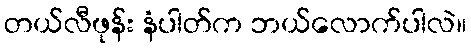
တယ်လီဖုန်း နံပါတ်က ဘယ်လောက်ပါလဲ။